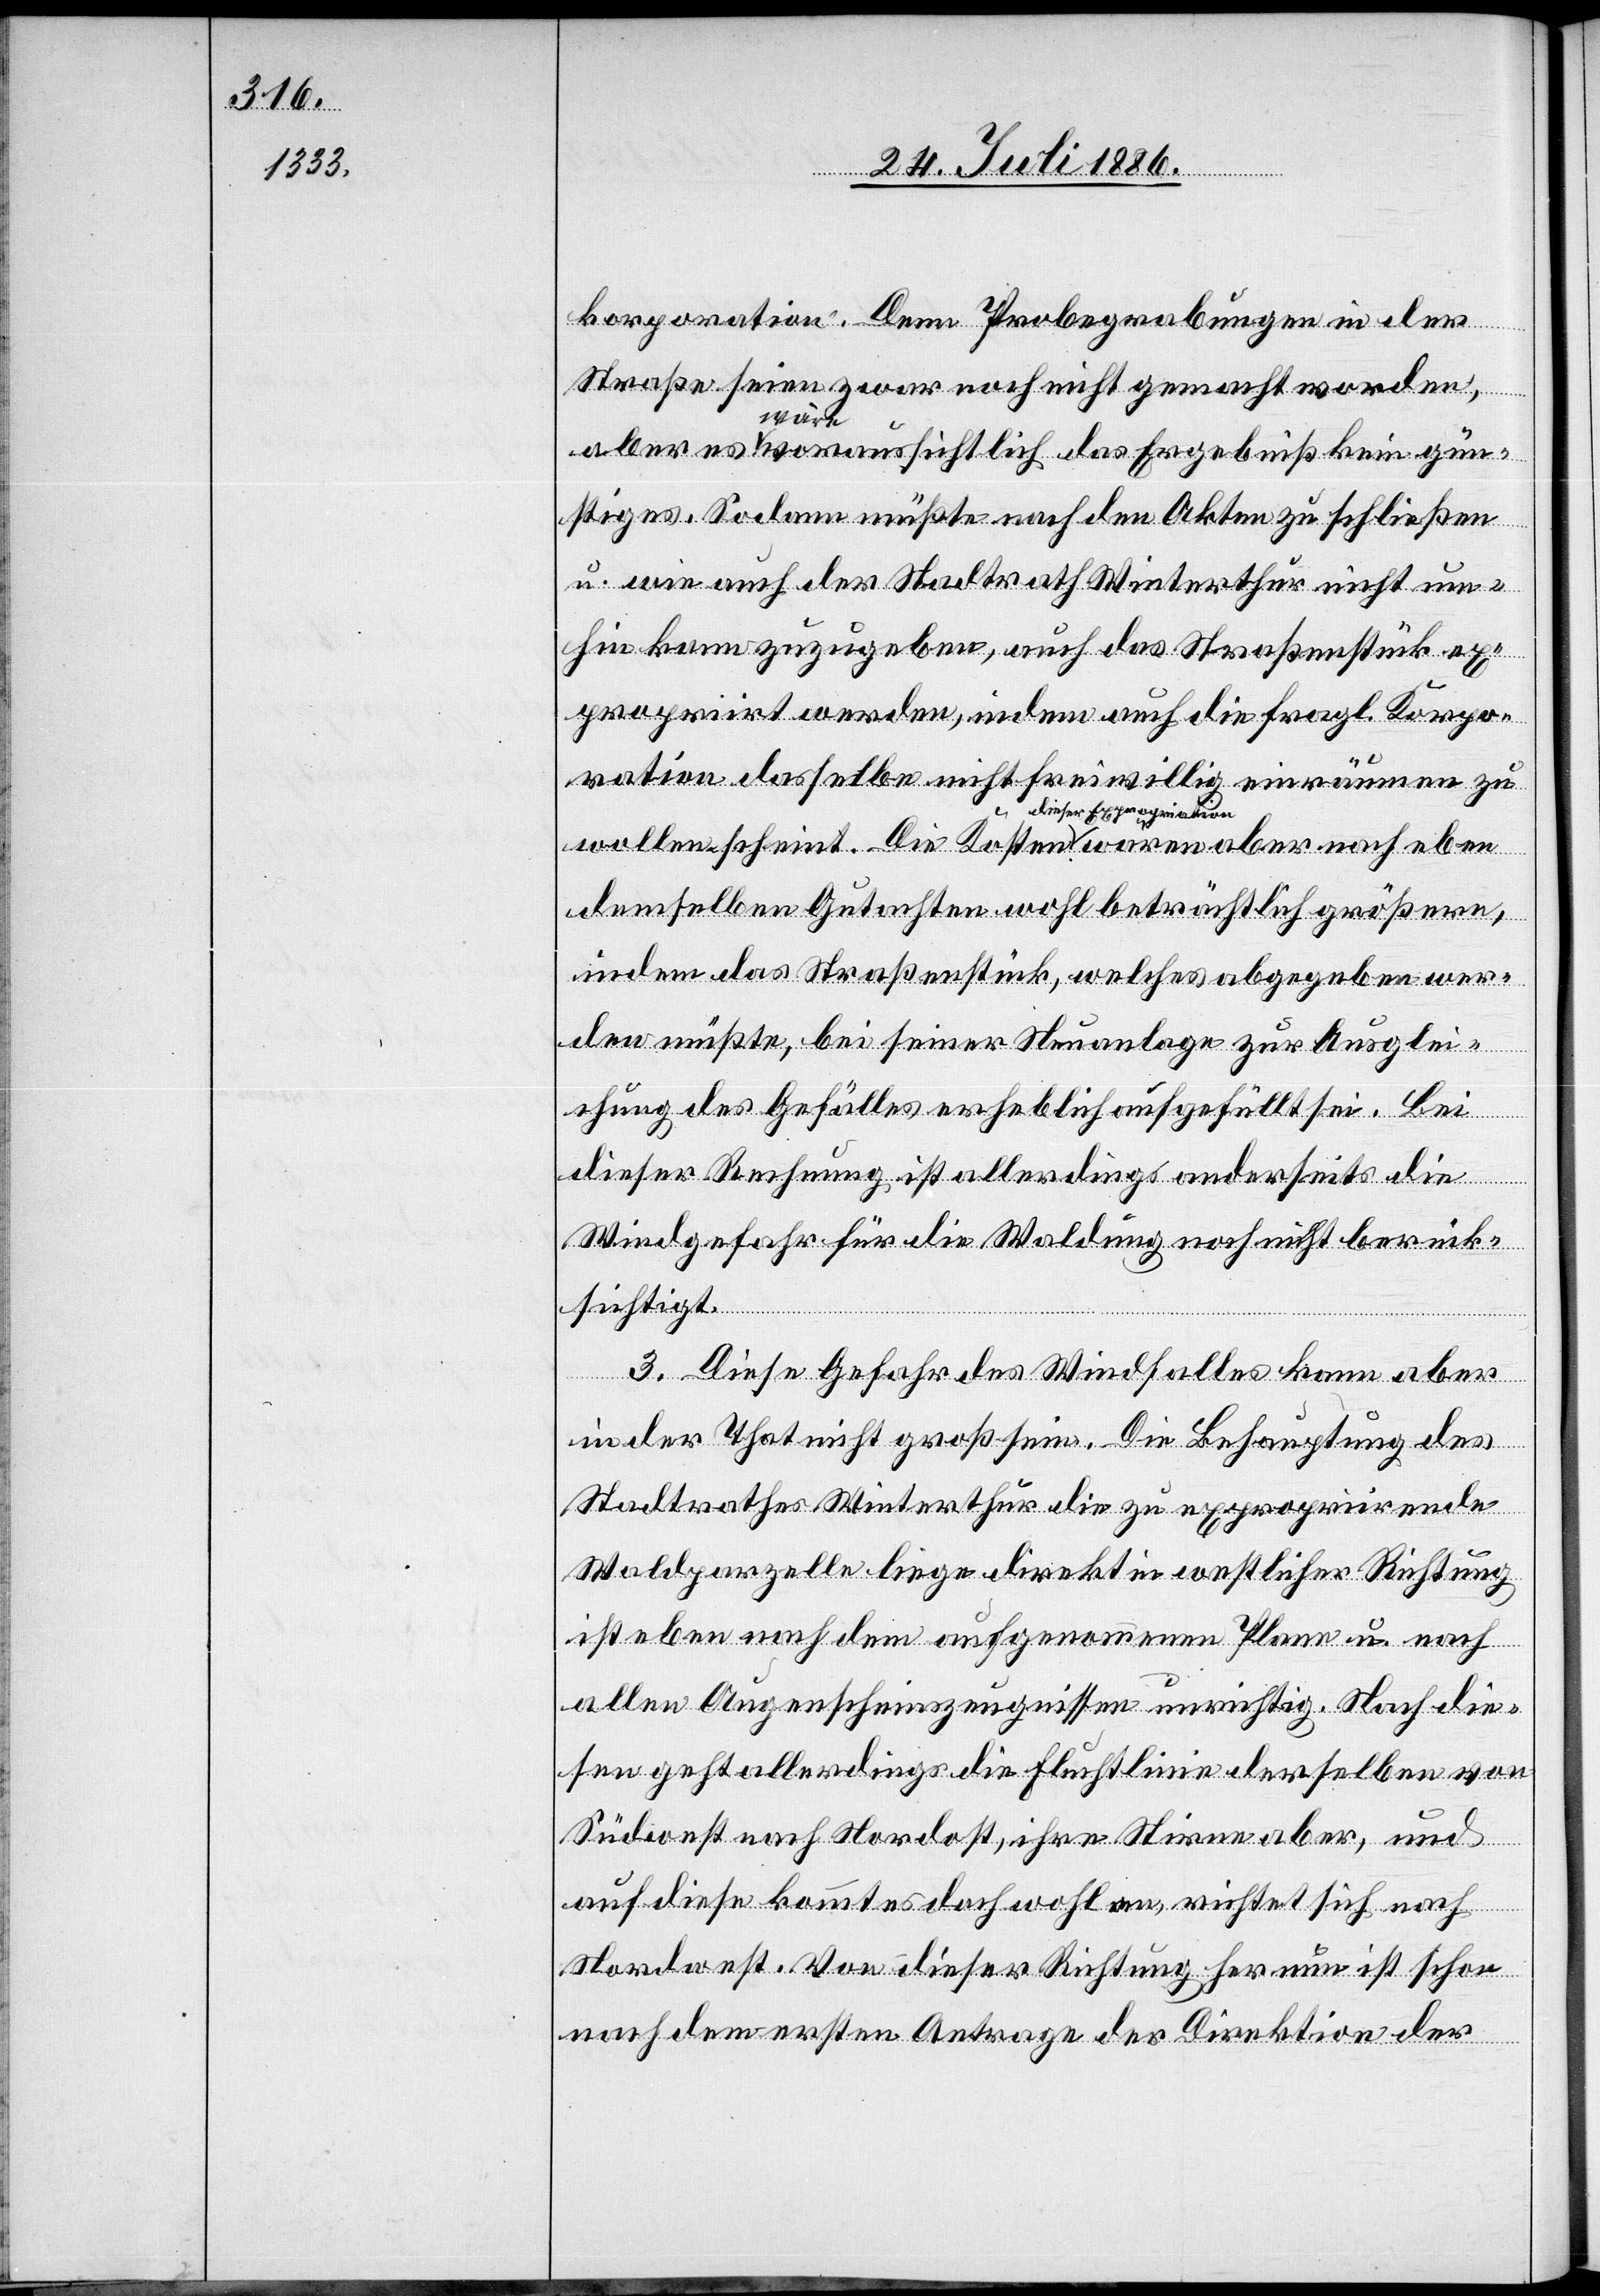
korporation. Denn Probegrabungen in der
Straße seien zwar noch nicht gemacht worden,
aber es wäre voraussichtlich das Ergebniß kein gün¬
stiges. Sodann müßte nach den Akten zu schließen
u. wie auch der Stadtrath Winterthur nicht um¬
hin kam zuzugeben, auch das Straßenstück ex¬
propriirt werden, indem auch die fragl. Korpo¬
ration dasselbe nicht freiwillig einräumen zu
dieser Expropriationen
demselben Gutachten wohl beträchtlich größere,
indem das Straßenstück, welches abgegeben wer¬
den müßte, bei seiner Neuanlage zur Ausglei¬
chung des Gefälles erheblich aufgefüllt sei. Bei
eben
dieser Rechnung ist allerdings anderseits die
Windgefahr für die Waldung noch nicht berück¬
nach
sichtigt.
3. Diese Gefahr des Windfalles kann aber
in der That nicht groß sein. Die Behauptung des
Stadtrathes Winterthur die zu expropriirende
Waldparzelle liege direkt in westlicher Richtung
ist eben nach dem aufgenommenen Plane u. nach
allen Augenscheinzeugnissen unrichtig. Nach die¬
sen geht allerdings die Fluchtlinie derselben von
Südwest nach Nordost, ihre Stirne aber, und
Die
auf diese kommt es doch wohl an, richtet sich nach
Nordwest. Von dieser Richtung her nun ist schon
nach dem ersten Antrage der Direktion der